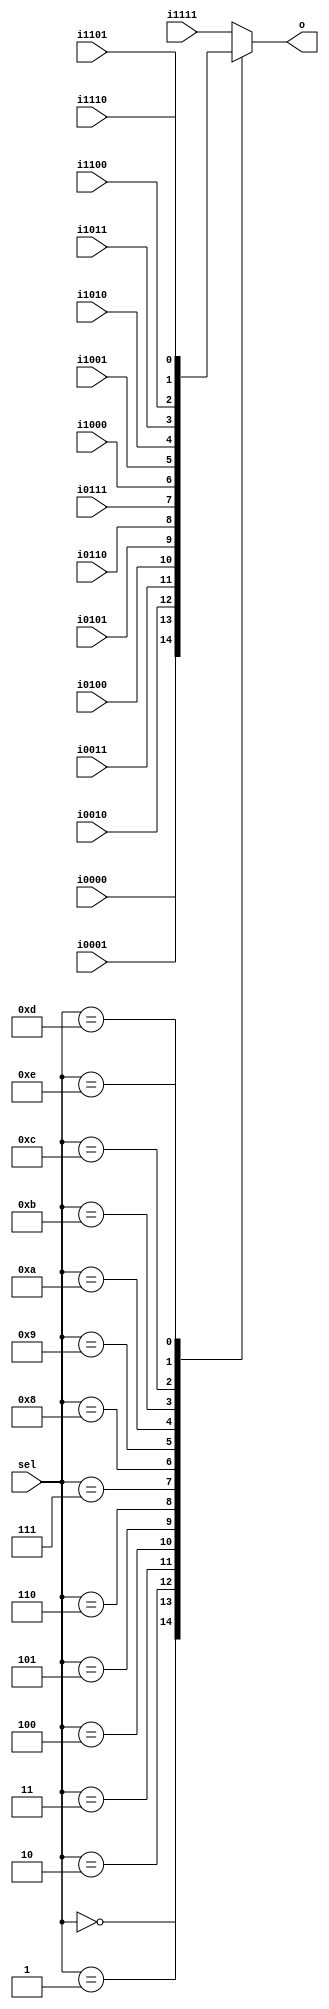
module mux16 #( parameter W = 1 ) (
    sel,
    i1111,
    i1110,
    i1101,
    i1100,
    i1011,
    i1010,
    i1001,
    i1000,
    i0111,
    i0110,
    i0101,
    i0100,
    i0011,
    i0010,
    i0001,
    i0000,
    o
);

input [3:0] sel;
input [W-1:0]
    i1111,
    i1110,
    i1101,
    i1100,
    i1011,
    i1010,
    i1001,
    i1000,
    i0111,
    i0110,
    i0101,
    i0100,
    i0011,
    i0010,
    i0001,
    i0000;

output [W-1:0] o;

reg [W-1:0] o;

always @ (
    sel,
    i1111,
    i1110,
    i1101,
    i1100,
    i1011,
    i1010,
    i1001,
    i1000,
    i0111,
    i0110,
    i0101,
    i0100,
    i0011,
    i0010,
    i0001,
    i0000
) begin
    case (sel)
    0:  o = i0000;
    1:  o = i0001;
    2:  o = i0010;
    3:  o = i0011;
    4:  o = i0100;
    5:  o = i0101;
    6:  o = i0110;
    7:  o = i0111;
    8:  o = i1000;
    9:  o = i1001;
    10: o = i1010;
    11: o = i1011;
    12: o = i1100;
    13: o = i1101;
    14: o = i1110;
    default o = i1111;
    endcase
end

endmodule